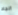
الجاد